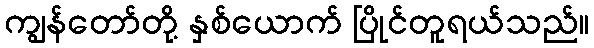
ကျွန်တော်တို့ နှစ်ယောက် ပြိုင်တူရယ်သည်။